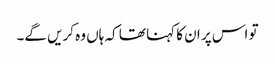
تو اس پر ان کا کہنا تھا کہ ہاں وہ کریں گے۔